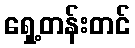
ရှေ့တန်းတင်